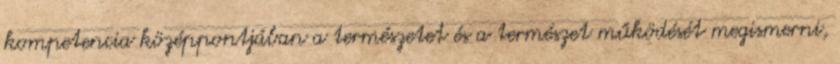
kompetencia középpontjában a természetet és a természet működését megismerni,